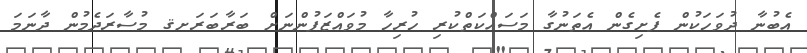
އެބުނާ ދުވަހަކުން ފެށިގެން އެތަނުގާ މަސައްކަތްކުރި ހުރިހާ މުވައްޒަފުންނަށް ބަރާބަރަށޤ މުސާރަދެމުން ދާނަމަ